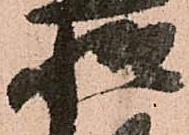
惶